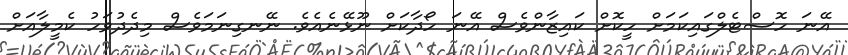
އޭނަ ހޮސްޓެލްގައިކަމަށް ހީކޮށް ކައިޒާންވެސް އޭނަ ހޯދާކަށް ނޫޅޭނެއެވެ. ނޭނގިނަމަވެސް މިދެދުވަހު ކެމީލާއަށް